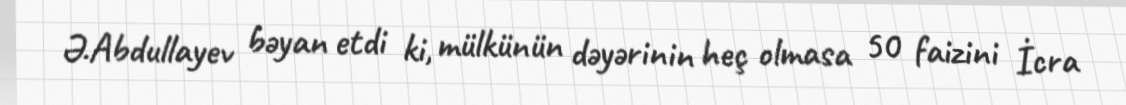
Ə.Abdullayev bəyan etdi ki, mülkünün dəyərinin heç olmasa 50 faizini İcra